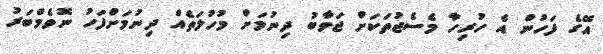
އޭގެ ފަހުން އެ ހުރިހާ މެސެޖުތަކަށް ޖަވާބު ދިނުމަށް މުހުލަތެއް ދިނުމަށްފަހު ނޮވެމްބަރު